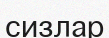
сизлар